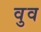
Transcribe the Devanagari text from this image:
वुव